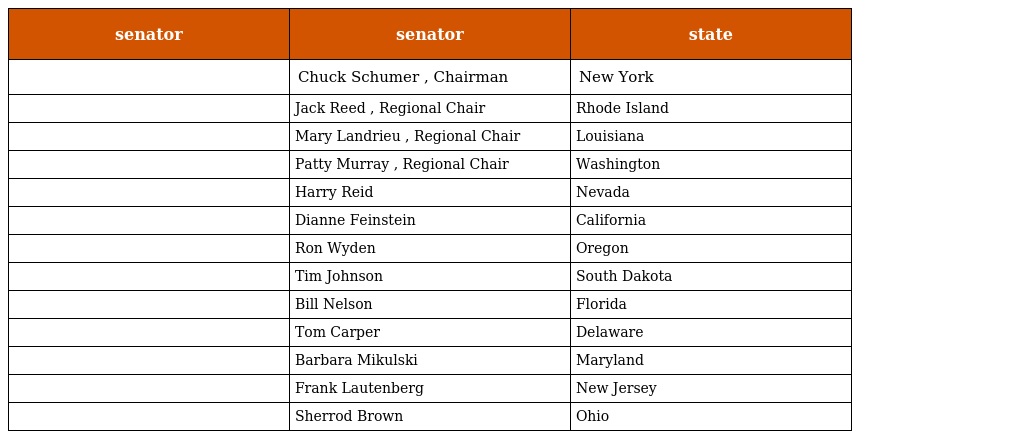
| senator | senator | state |
 | --- | --- | --- |
 |  | Chuck Schumer , Chairman | New York |
 |  | Jack Reed , Regional Chair | Rhode Island |
 |  | Mary Landrieu , Regional Chair | Louisiana |
 |  | Patty Murray , Regional Chair | Washington |
 |  | Harry Reid | Nevada |
 |  | Dianne Feinstein | California |
 |  | Ron Wyden | Oregon |
 |  | Tim Johnson | South Dakota |
 |  | Bill Nelson | Florida |
 |  | Tom Carper | Delaware |
 |  | Barbara Mikulski | Maryland |
 |  | Frank Lautenberg | New Jersey |
 |  | Sherrod Brown | Ohio |